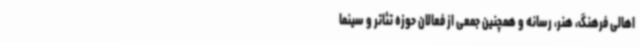
اهالی فرهنگ، هنر، رسانه و همچنین جمعی از فعالان حوزه تئاتر و سینما